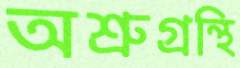
অশ্রুগ্রন্থি